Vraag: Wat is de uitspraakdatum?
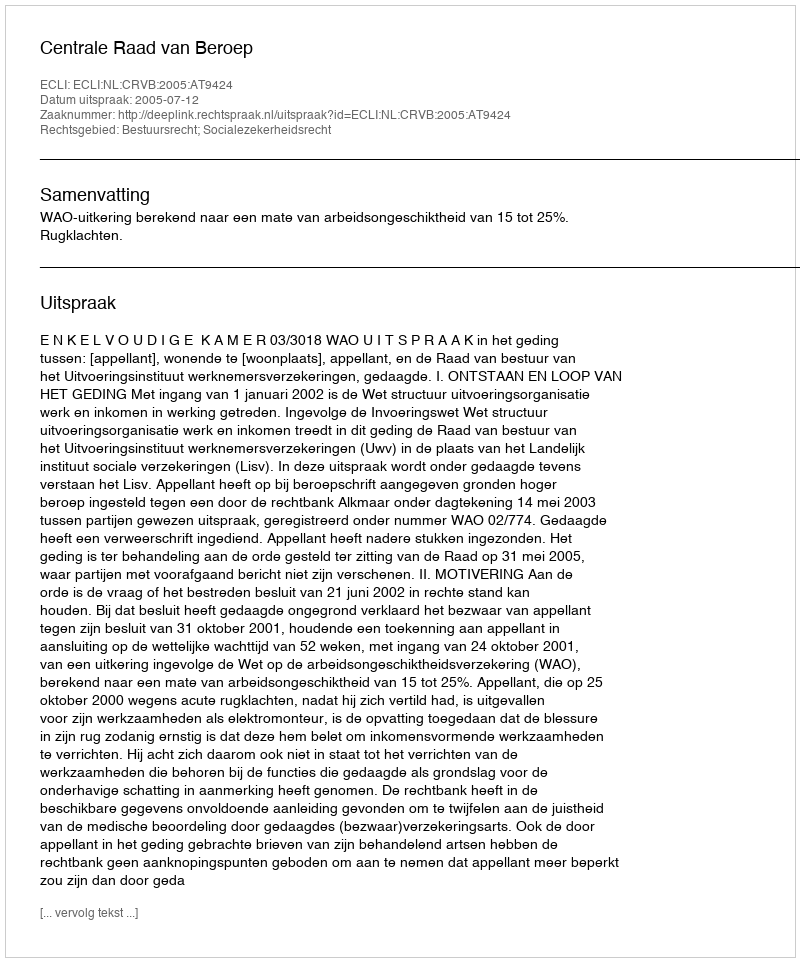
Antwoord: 2005-07-12